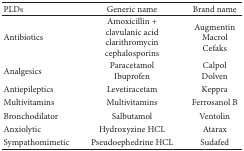
| PLDs | Generic name | Brand name |
 | --- | --- | --- |
 | Antibiotics | Amoxicillin + clavulanic acid clarithromycin cephalosporins | AugmentinMacrolCefaks |
 | Analgesics | ParacetamolIbuprofen | CalpolDolven |
 | Antiepileptics | Levetiracetam | Keppra |
 | Multivitamins | Multivitamins | Ferrosanol B |
 | Bronchodilator | Salbutamol | Ventolin |
 | Anxiolytic | Hydroxyzine HCL | Atarax |
 | Sympathomimetic | Pseudoephedrine HCL | Sudafed |